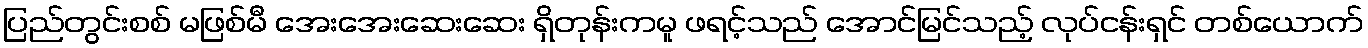
ပြည်တွင်းစစ် မဖြစ်မီ အေးအေးဆေးဆေး ရှိတုန်းကမူ ဖရင့်သည် အောင်မြင်သည့် လုပ်ငန်းရှင် တစ်ယောက်